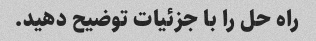
راه حل را با جزئیات توضیح دهید.